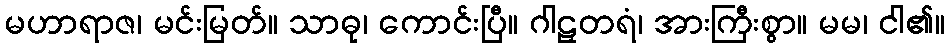
မဟာရာဇ၊ မင်းမြတ်။ သာဓု၊ ကောင်းပြီ။ ဂါဠှတရံ၊ အားကြီးစွာ။ မမ၊ ငါ၏။